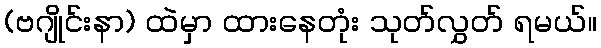
(ဗဂျိုင်းနာ) ထဲမှာ ထားနေတုံး သုတ်လွှတ် ရမယ်။